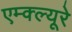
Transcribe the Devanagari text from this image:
एम्क्ल्यूरे